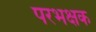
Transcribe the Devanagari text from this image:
परभक्षक